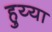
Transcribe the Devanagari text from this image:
हुय्या